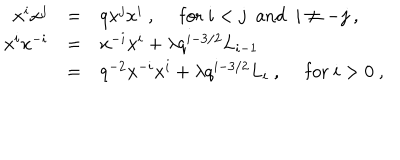
LaTeX: \begin{array} { r c l } { { x ^ { i } x ^ { j } } } & { { = } } & { { q x ^ { j } x ^ { i } ~ , ~ ~ \mathrm { f o r } ~ i < j ~ ~ \mathrm { a n d } ~ ~ i \not = - j ~ , } } \\ { { x ^ { i } x ^ { - i } } } & { { = } } & { { x ^ { - i } x ^ { i } + \lambda q ^ { i - 3 / 2 } L _ { i - 1 } } } \\ { { } } & { { = } } & { { q ^ { - 2 } x ^ { - i } x ^ { i } + \lambda q ^ { i - 3 / 2 } L _ { i } ~ , ~ ~ \mathrm { f o r } ~ i > 0 ~ , } } \\ \end{array}